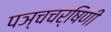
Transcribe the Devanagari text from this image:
पञ्चचर्षिणी